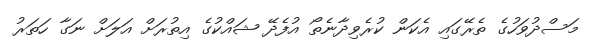
މަސްދުވަހުގެ ތެރޭގައި އެކަން ކުރެވިދާނެތޯ އުފެދޭ ޝައްކުގެ އިތުރަށް އަލަށް ނަގާ ހަތަރު